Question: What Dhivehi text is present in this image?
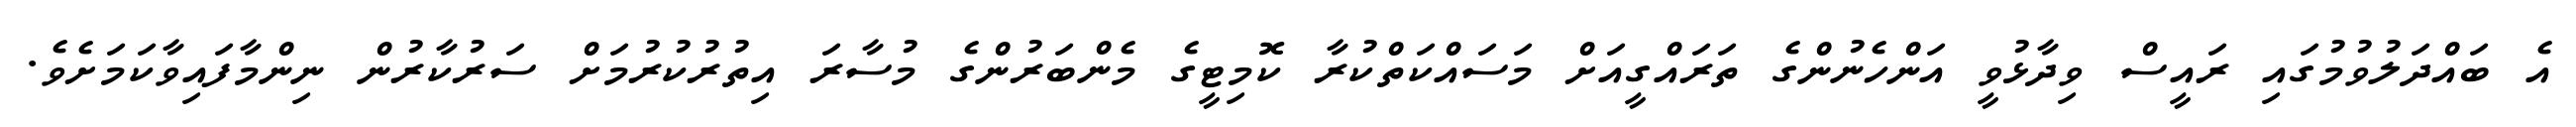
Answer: އެ ބައްދަލުވުމުގައި ރައީސް ވިދާޅުވީ އަންހެނުންގެ ތަރައްގީއަށް މަސައްކަތްކުރާ ކޮމިޓީގެ މެންބަރުންގެ މުސާރަ އިތުރުކުރުމަށް ސަރުކާރުން ނިންމާފައިވާކަމަށެވެ.